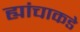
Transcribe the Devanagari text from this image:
ह्यांचाकडे